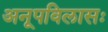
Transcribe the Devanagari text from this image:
अनूपविलासः